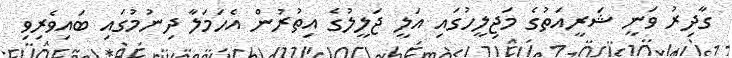
ގާދިރު ވަނީ ޝަރީއަތުގެ މަޖިލީހުގައި އަލީ ޖަލީލުގެ އިތުރުން އެހަމަލާ ދިނުމުގައި ބައިވެރިވި